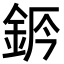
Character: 𨦄